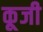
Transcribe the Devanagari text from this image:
कूजी